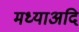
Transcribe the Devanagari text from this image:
मध्याअदि